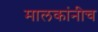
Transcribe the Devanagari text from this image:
मालकांनीच